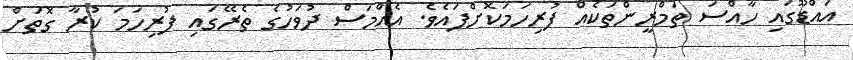
އައްޑޫގައި ހާއްސަ ތަމްރީންތަކެއް ފުރިހަމަކޮށްފައެވެ. އެއްމަސް ދުވަހުގެ ތެރޭގައި ފުރިހަމަ ކުރާ ގޮތަށް